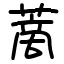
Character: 蔐